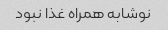
نوشابه همراه غذا نبود